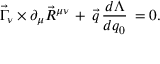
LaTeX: \vec { \Gamma } _ { \nu } \times \partial _ { \mu } \vec { R } ^ { \mu \nu } \, + \, \vec { q } \, \frac { d \Lambda } { d q _ { 0 } } \, = 0 .